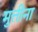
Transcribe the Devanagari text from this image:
मुत्तीना